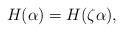
LaTeX: \begin{align*} H(\alpha) = H(\zeta\alpha),\end{align*}